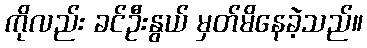
ကိုလည်း ခင်ဦးနွယ် မှတ်မိနေခဲ့သည်။